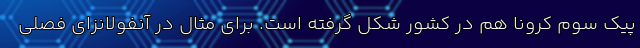
پیک سوم کرونا هم در کشور شکل گرفته است. برای مثال در آنفولانزای فصلی